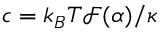
c = k _ { B } T \mathcal { F } ( \alpha ) / \kappa